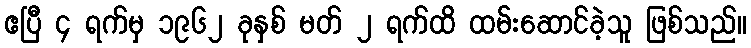
ဧပြီ ၄ ရက်မှ ၁၉၆၂ ခုနှစ် မတ် ၂ ရက်ထိ ထမ်းဆောင်ခဲ့သူ ဖြစ်သည်။